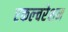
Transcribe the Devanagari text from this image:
एकल्चरेशन